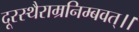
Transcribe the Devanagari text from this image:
दूरस्थैराम्रनिम्बवत्।।